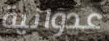
عدوانية